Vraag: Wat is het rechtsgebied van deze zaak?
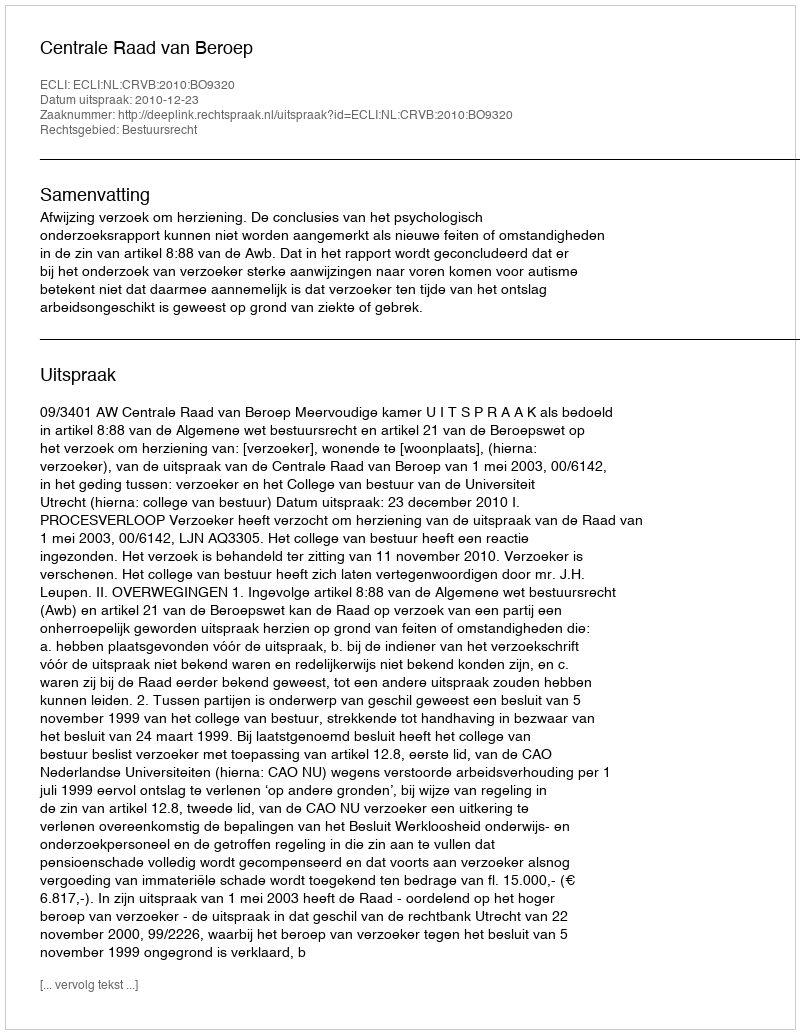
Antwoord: Bestuursrecht